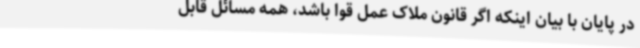
در پایان با بیان اینکه اگر قانون ملاک عمل قوا باشد، همه مسائل قابل